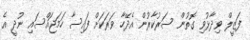
ފަޒީލް ވިދާޅުވި ގޮތުން ސަރުކާރުން އެދޭހާ ވަރަކަށް ފައިސާ ހަމަޖައްސައި ނުދީ އެ